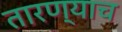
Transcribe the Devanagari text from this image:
तारण्याच